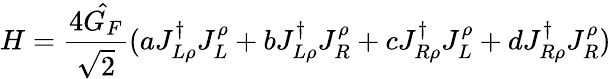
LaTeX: H=\frac{4\hat{G_{F}}}{\sqrt{2}}(aJ_{L\rho}^{\dagger}J_{L}^{\rho}+bJ_{L\rho}^{\dagger}J_{R}^{\rho}+cJ_{R\rho}^{\dagger}J_{L}^{\rho}+dJ_{R\rho}^{\dagger}J_{R}^{\rho})